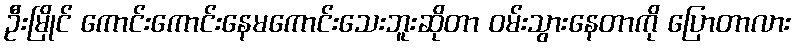
ဦးမြိုင် ကောင်းကောင်းနေမကောင်းသေးဘူးဆိုတာ ဝမ်းသွားနေတာကို ပြောတာလား